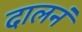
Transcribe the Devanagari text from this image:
दालनं